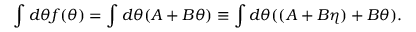
\int d \theta f ( \theta ) = \int d \theta ( A + B \theta ) \equiv \int d \theta ( ( A + B \eta ) + B \theta ) .